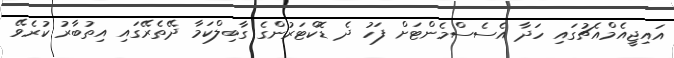
އައިޖީއެމްއެޗުގައި ހަދާ އެސެސްމެންޓަށް ފަހު ދެ ޑޮކްޓަރުންގެ ގާބިލްކަމާ ދޭތެރޭގައި އިތުބާރު ކުރެވޭ